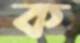
ক